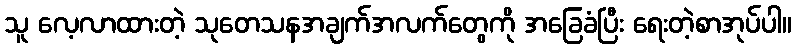
သူ လေ့လာထားတဲ့ သုတေသနအချက်အလက်တွေကို အခြေခံပြီး ရေးတဲ့စာအုပ်ပါ။